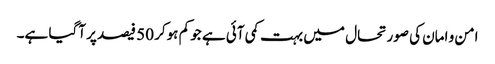
امن و امان کی صورتحال میں بہت کمی آئی ہے جو کم ہوکر 50 فیصد پر آگیا ہے۔